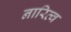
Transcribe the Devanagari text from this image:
नारित्व